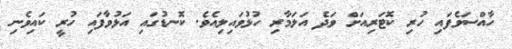
ހާއްސަވެފައި ހުރި ކޮޓަރިއަށް ވަދެ އަލަމާރި ހުޅުވައިލިއެވެ. ކޮނޑުގައި އަޅުވާފައި ހުރީ ކައިވެނި